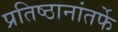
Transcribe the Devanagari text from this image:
प्रतिष्ठानांतर्फे